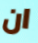
ان